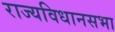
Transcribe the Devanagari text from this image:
राज्यविधानसभा